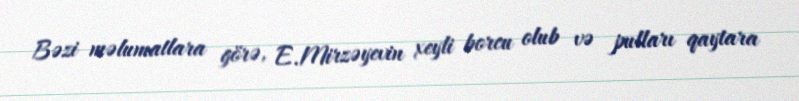
Bəzi məlumatlara görə, E.Mirzəyevin xeyli borcu olub və pulları qaytara